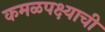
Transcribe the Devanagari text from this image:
कमळपक्ष्याची